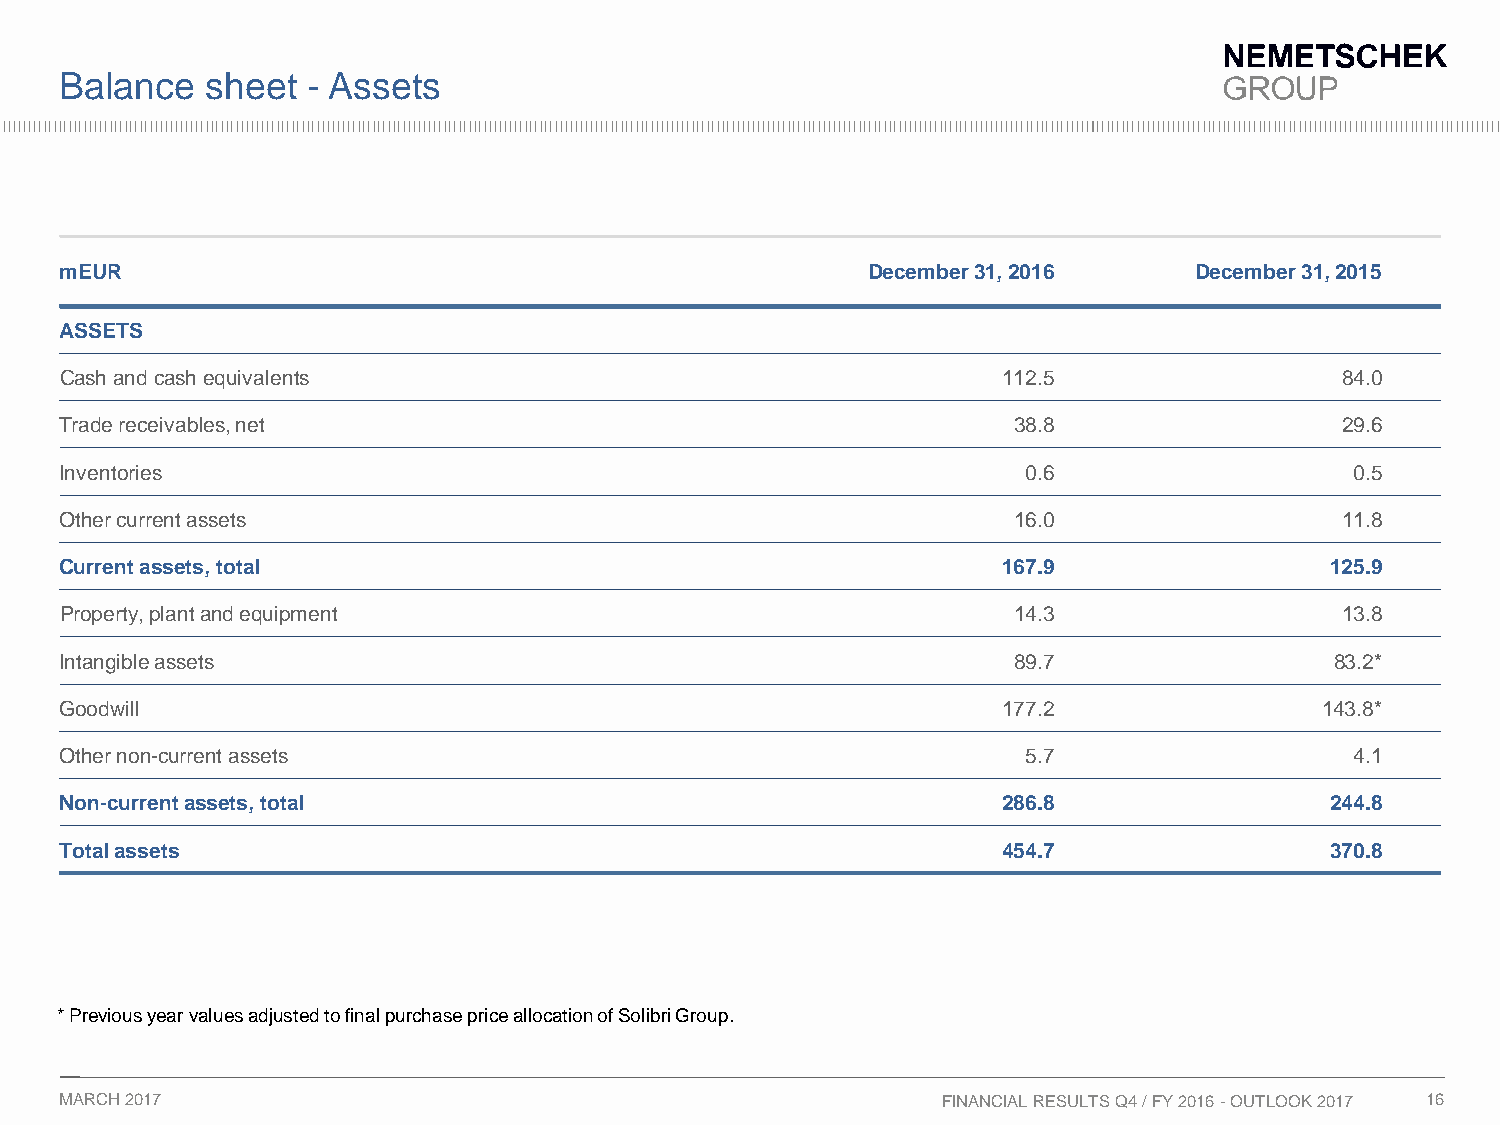
Balance   sheet - Assets
 mEUR                                                 December31, 2016      December31, 2015
 ASSETS
 Cash and cash equivalents                                     112.5                  84.0
 Trade receivables, net                                         38.8                  29.6
 Inventories                                                     0.6                   0.5
 Other current assets                                           16.0                  11.8
 Current assets, total                                         167.9                 125.9
 Property, plantand equipment                                   14.3                  13.8
 Intangible assets                                              89.7                 83.2*
 Goodwill                                                      177.2                 143.8*
 Other non-current assets                                        5.7                   4.1
 Non-currentassets, total                                      286.8                 244.8
 Total assets                                                  454.7                 370.8
 * Previousyearvaluesadjustedtofinal purchasepriceallocationofSolibriGroup.
 MARCH 2017                                                FINANCIAL RESULTS Q4 / FY 2016 -OUTLOOK 2017 16